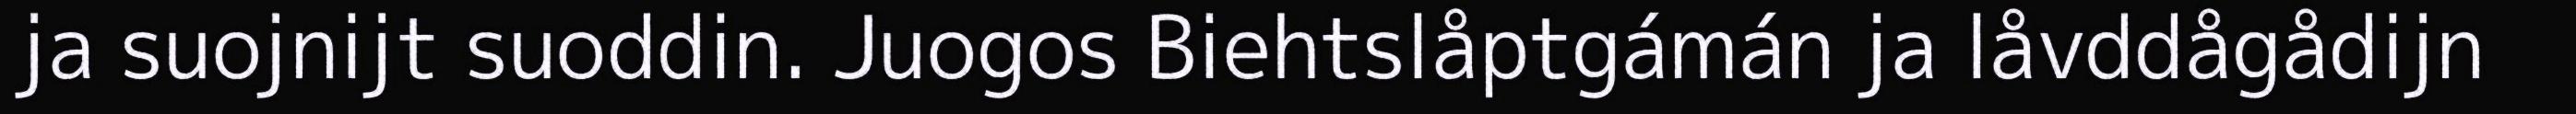
ja suojnijt suoddin. Juogos Biehtslåptgámán ja låvddågådijn